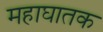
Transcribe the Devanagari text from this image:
महाघातक